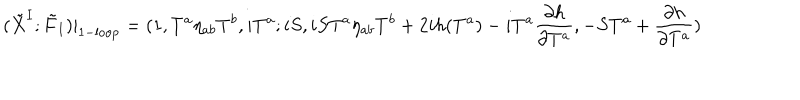
( \tilde { X } ^ { I } ; \tilde { F } _ { I } ) | _ { \mathrm { 1 - l o o p } } = ( 1 , T ^ { a } \eta _ { a b } T ^ { b } , i T ^ { a } ; i S , i S T ^ { a } \eta _ { a b } T ^ { b } + 2 i h ( T ^ { a } ) - i T ^ { a } { \frac { \partial h } { \partial T ^ { a } } } , - S T ^ { a } + { \frac { \partial h } { \partial T ^ { a } } } )